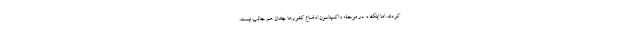
کردند. اما اینک و در مرحله واکسیناسون اوضاع کشورها چندان هم جالب نیست.